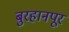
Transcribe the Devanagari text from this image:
बुरहानपूर